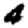
Digit: 4